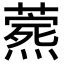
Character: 𬋎